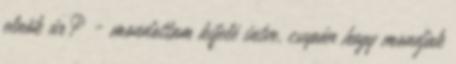
elnök úr? - mondottam kifelé intve, csupán hogy mondjak